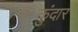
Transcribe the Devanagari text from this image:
कुंदार